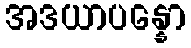
အဒယာပန္နော